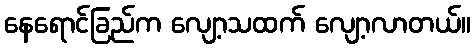
နေရောင်ခြည်က လျော့သထက် လျော့လာတယ်။